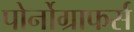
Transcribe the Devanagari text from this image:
पोर्नोग्राफर्स